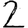
Digit: 2